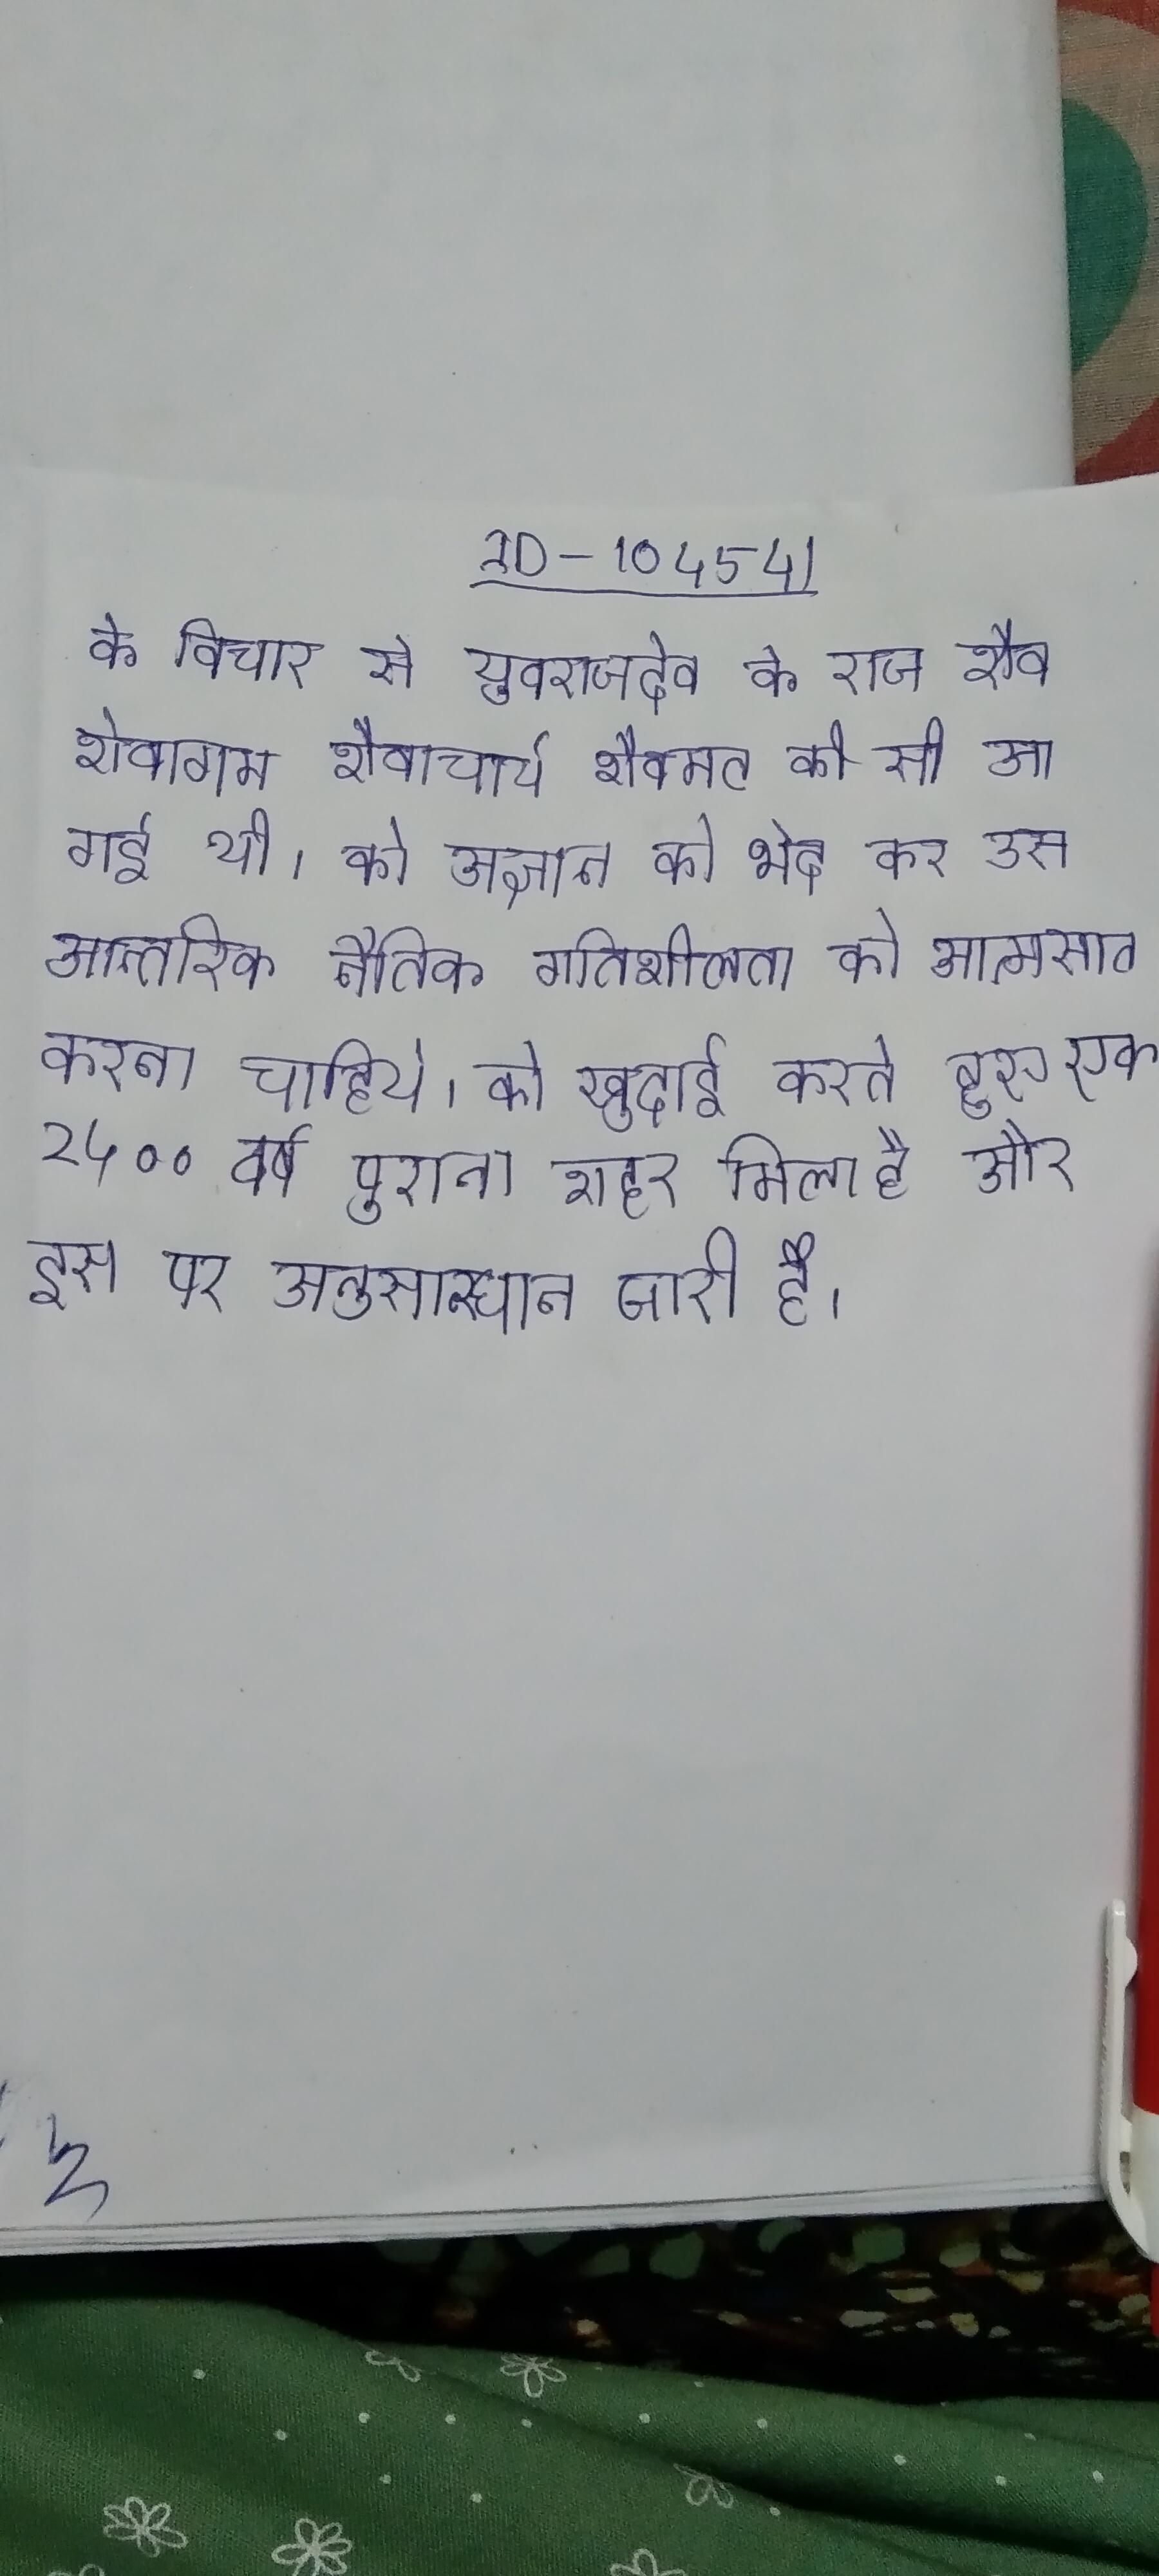
के विचार से युवराजदेव के राज शैव शैवागम, शैवाचार्य, शैवमठ की सी आ गई थी । को अज्ञान को भेद कर उस आन्तरिक नैतिक गतिशीलता को आत्मसात करना चाहिए । को खुदाई करते हुए एक २,५०० वर्ष पुराना शहर मिला है और इस पर अनुसन्धान जारी है ।